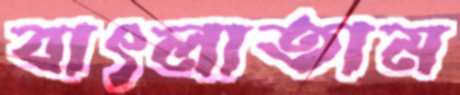
বাৎলাতাম